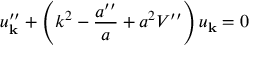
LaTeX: u _ { \bf k } ^ { \prime \prime } + \left( k ^ { 2 } - \frac { a ^ { \prime \prime } } { a } + a ^ { 2 } V ^ { \prime \prime } \right) u _ { \bf k } = 0